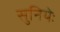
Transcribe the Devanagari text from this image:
सुनियेः